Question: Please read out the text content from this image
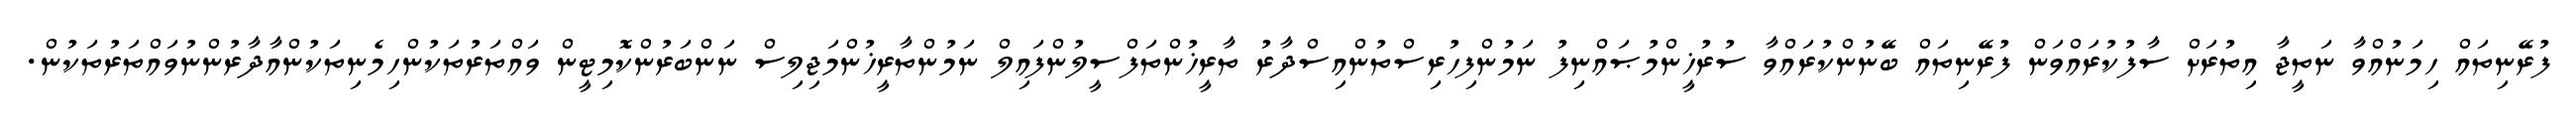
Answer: ފުރޭނިތައް ހިމަނުއްވާ ނަތީޖާ އިތުރަށް ސާފުކުރައްވަން ފުރޭނިތައް ބޭނުންކުރައްވާ ސުރުޚީންމުޞައްނިފު ނަމުންފިހުރިސްތުންއިސްދާރު ތާރީޚުންތަފްސީލުންފައިލް ނަމުންތާރީޚުންމަޖިލިސް ނަންބަރުންކޮމިޓީން ވައްތަރުތަކުންހިމެނިތަކުންއާދާރުންނުވައްތަރުތަކުން.